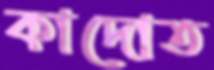
কাদোত